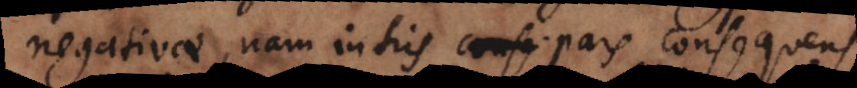
negativae, nam in his pars consequens